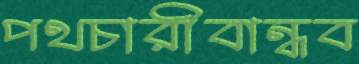
পথচারীবান্ধব